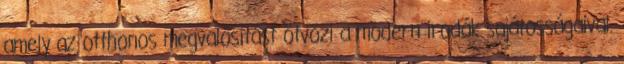
amely az otthonos megvalósítást ötvözi a modern irodák sajátosságaival.